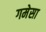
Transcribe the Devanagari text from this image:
गमेसा